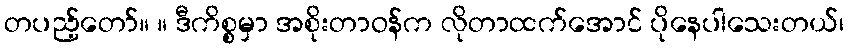
တပည့်တော်။ ။ ဒီကိစ္စမှာ အစိုးတာဝန်က လိုတာထက်အောင် ပိုနေပါသေးတယ်၊